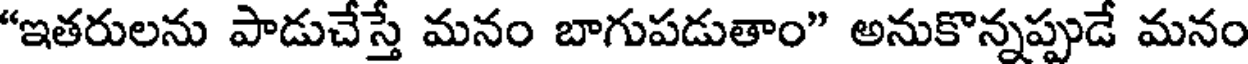
"ఇతరులను పాడుచేస్తే మనం బాగుపడుతాం" అనుకొన్నప్పుడే మనం